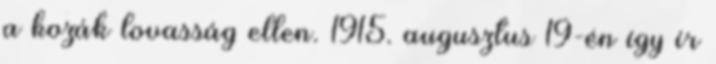
a kozák lovasság ellen. 1915. augusztus 19-én így ír